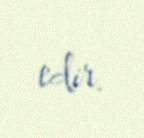
edir.